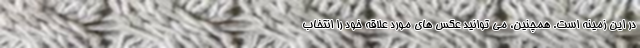
در این زمینه است. همچنین، می توانید عکس های مورد علاقه خود را انتخاب